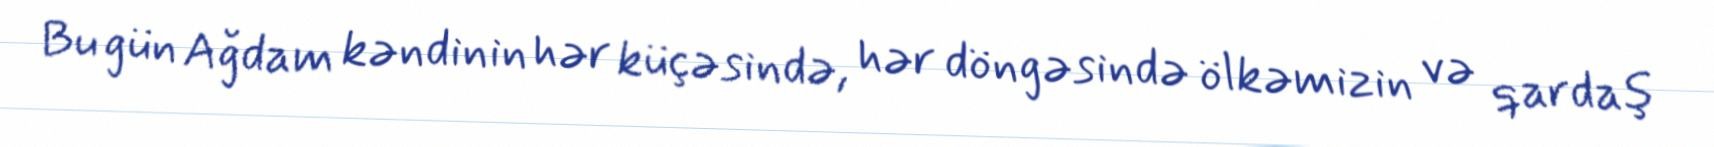
Bu gün Ağdam kəndinin hər küçəsində, hər döngəsində ölkəmizin və qardaş